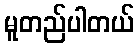
မူတည်ပါတယ်